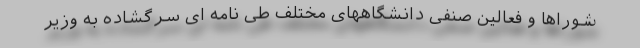
شوراها و فعالین صنفی دانشگاههای مختلف طی نامه ای سرگشاده به وزیر